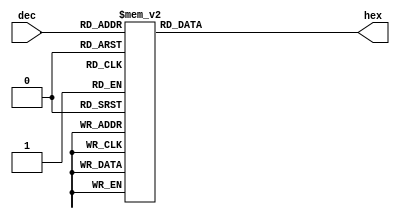
`timescale 1ns / 1ps
//////////////////////////////////////////////////////////////////////////////////
// Company: 
// Engineer: 
// 
// Design Name: 
// Module Name: dectohex
// Project Name: 
// Target Devices: 
// Tool Versions: 
// Description: 
// 
// Dependencies: 
// 
// Revision:
// Revision 0.01 - File Created
// Additional Comments:
// 
//////////////////////////////////////////////////////////////////////////////////


module dectohex(
input [3:0] dec,
output reg[6:0] hex
);
always @(*) begin
    case(dec)
    4'd0:   hex=7'b1000000;
    4'd1:   hex=7'b1111001;
    4'd2:   hex=7'b0100100;
    4'd3:   hex=7'b0110000;
    4'd4:   hex=7'b0011001;
    4'd5:   hex=7'b001001;
    4'd6:   hex=7'b0000010;
    4'd7:   hex=7'b1111000;
    4'd8:   hex=7'b0000000;
    4'd9:   hex=7'b0010000;
    4'd10:  hex=7'b0001000;
    4'd11:  hex=7'b0100001;
    4'd12:  hex=7'b1000110;
    4'd13:  hex=7'b0000011;
    4'd14:  hex=7'b0000110;
    4'd15:  hex=7'b0001110; 
    endcase
 end
endmodule